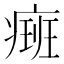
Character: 㿀